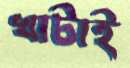
খাটাই